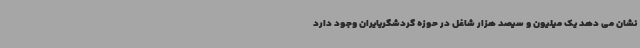
نشان می دهد یک میلیون و سیصد هزار شاغل در حوزه گردشگریایران وجود دارد